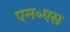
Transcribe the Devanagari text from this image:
एम॰एस